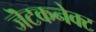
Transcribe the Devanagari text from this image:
जॆटकनेक्ट